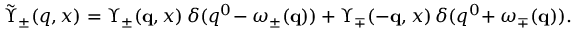
\tilde { \Upsilon } _ { \pm } ( q , x ) = \Upsilon _ { \pm } ( { \mathbf q } , x ) \, \delta ( q ^ { 0 } \! - \omega _ { \pm } ( { \mathbf q } ) ) + \Upsilon _ { \mp } ( - { \mathbf q } , x ) \, \delta ( q ^ { 0 } \! + \omega _ { \mp } ( { \mathbf q } ) ) .